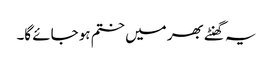
یہ گھنٹے بھر میں ختم ہو جائے گا۔